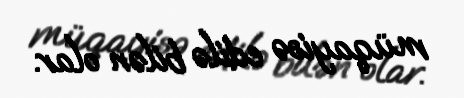
müqayisə edilə bilən olar.